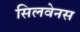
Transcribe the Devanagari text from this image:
सिलवेनस